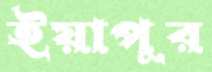
ইয়াপুর